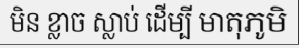
មិន ខ្លាច ស្លាប់ ដើម្បី មាតុភូមិ